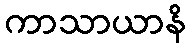
ကာသာယာနိ